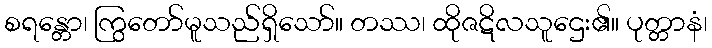
စရန္တော၊ ကြွတော်မူသည်ရှိသော်။ တဿ၊ ထိုဇဋိလသူဌေး၏။ ပုတ္တာနံ၊